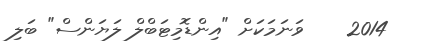
2014    ވަނަމަކަށް "އިންޑޮމިޓަބްލް ލަޔަންސް" ބަލި